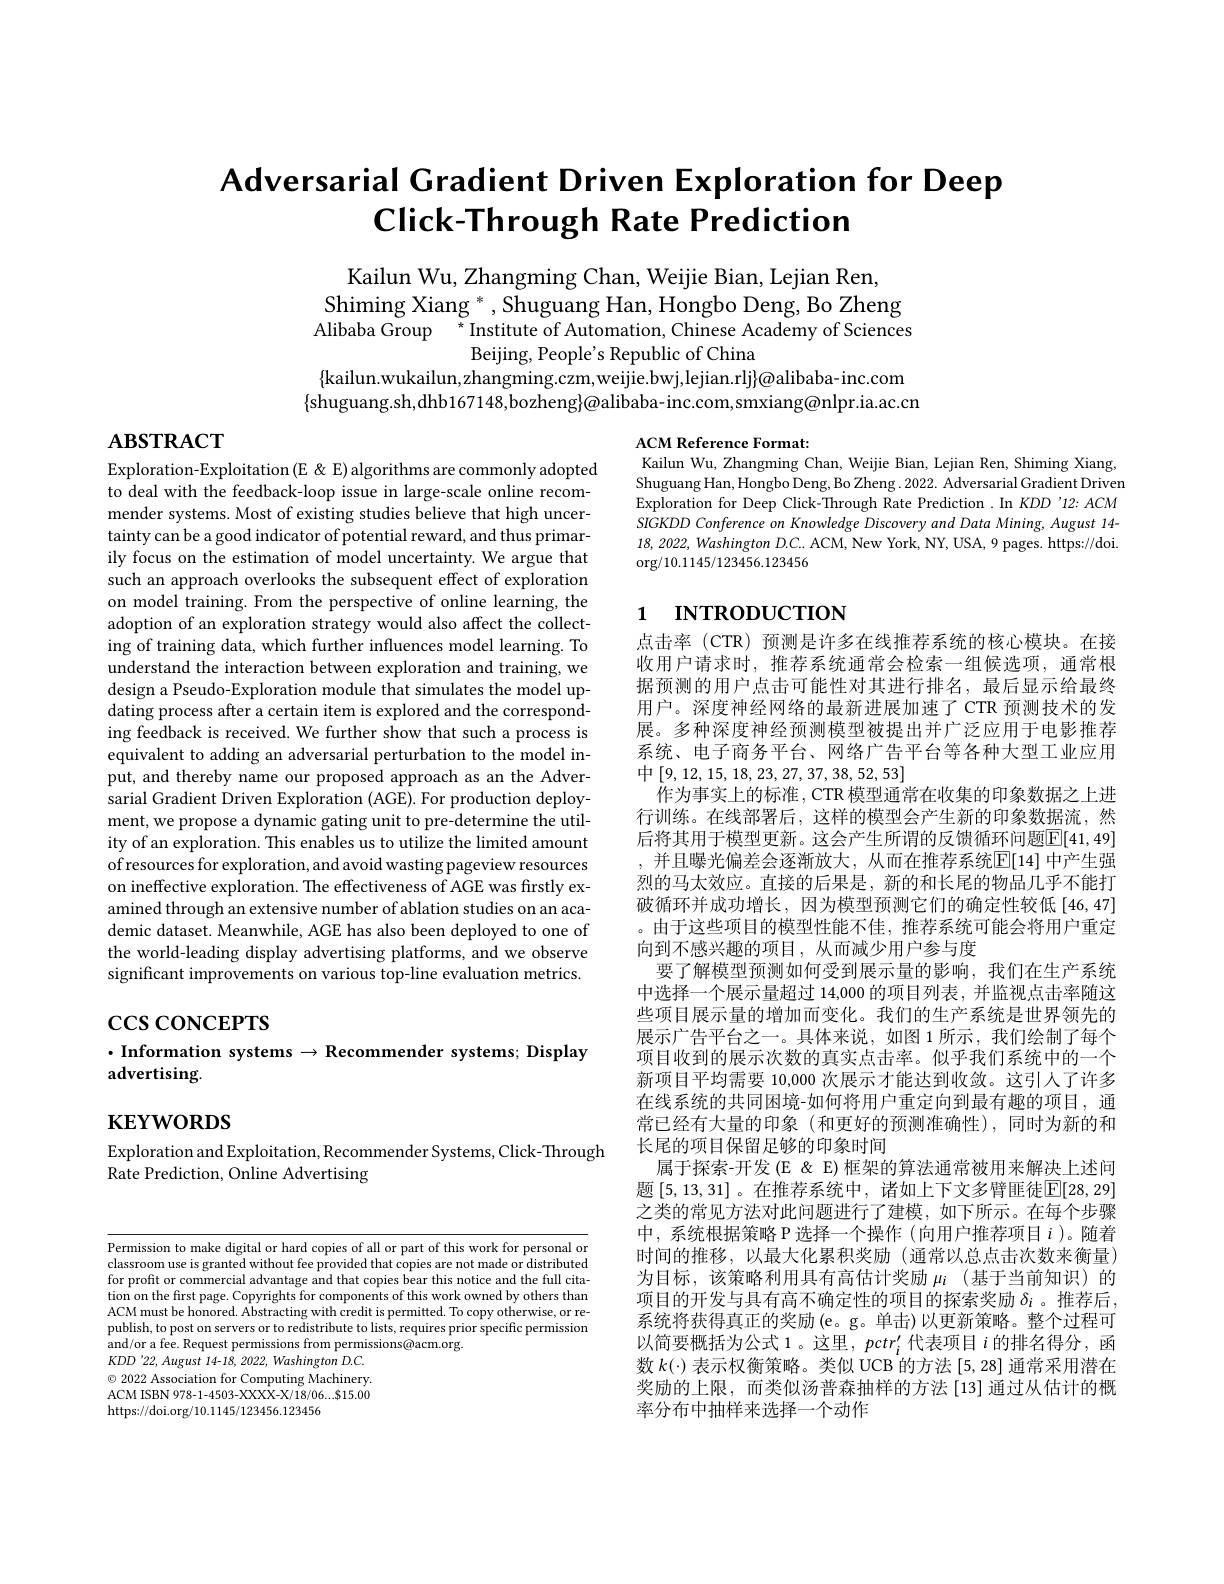
# Adversarial Gradient Driven Exploration for Deep Click-Through Rate Prediction

Kailun Wu, Zhangming Chan, Weijie Bian, Lejian Ren,
Shiming Xiang * , Shuguang Han, Hongbo Deng, Bo Zheng Alibaba Group ${}^*$Institute of Automation, Chinese Academy of Sciences
Beijing, People's Republic of China
$\{$kailun.wukailun,zhangming.czm,weijie.bwj,lejian.rlj}@{}alibaba-inc.com

$\{$shuguang.sh,dhb167148,bozheng$\}@$alibaba-inc.com,smxiang@nlpr.ia.ac.cn

# $\mathbf{ABSTRACT}$

ACM Reference Format:
Kailun Wu, Zhangming Chan, Weijie Bian, Lejian Ren, Shiming Xiang, Shuguang Han, Hongbo Deng, Bo Zheng. 2022. Adversarial Gradient Driven Exploration for Deep Click-Through Rate Prediction .In KDD '12: ACM SIGKDD Conference on Knowledge Discovery and Data Mining, August 14- $18,2022,WashingtonD.C...$ACM, New York, NY, USA, 9 pages. https://doi $\operatorname{org/10.1145/123456.123456}$

# 1 INTRODUCTION

Exploration-Exploitation (E & E) algorithms are commonly adopted to deal with the feedback-loop issue in large-scale online recommender systems. Most of existing studies believe that high uncertainty can be a good indicator of potential reward, and thus primarily focus on the estimation of model uncertainty. We argue that such an approach overlooks the subsequent effect of exploration on model training. From the perspective of online learning, the adoption of an exploration strategy would also affect the collecting of training data, which further influences model learning. To understand the interaction between exploration and training, we design a Pseudo-Exploration module that simulates the model updating process after a certain item is explored and the corresponding feedback is received. We further show that such a process is equivalent to adding an adversarial perturbation to the model input, and thereby name our proposed approach as an the Adversarial Gradient Driven Exploration (AGE). For production deployment, we propose a dynamic gating unit to pre-determine the utility of an exploration. This enables us to utilize the limited amount of resources for exploration, and avoid wasting pageview resources on ineffective exploration. The effectiveness of AGE was firstly examined through an extensive number of ablation studies on academic dataset. Meanwhile, AGE has also been deployed to one of the world-leading display advertising platforms, and we observe significant improvements on various top-line evaluation metrics.

$\csc\csc$coNCEPTS

点击率 (CTR) 预测是许多在线推荐系统的核心模块。在接收用户请求时，推荐系统通常会检索一组候选项，通常根据预测的用户点击可能性对其进行排名，最后显示给最终用户。深度神经网络的最新进展加速了 CTR 预测技术的发展。多种深度神经预测模型被提出并广泛应用于电影推荐系统、电子商务平台、网络广告平台等各种大型工业应用中[9,12,15,18,23,27,37,38,52,53]
作为事实上的标准，CTR 模型通常在收集的印象数据之上进行训练。在线部署后，这样的模型会产生新的印象数据流，然后将其用于模型更新。这会产生所谓的反馈循环问题$\boxed{\mathbb{E}}[41,49]$ , 并且曝光偏差会逐渐放大，从而在推荐系统$\mathbb{E}[14]$ 中产生强烈的马太效应。直接的后果是，新的和长尾的物品几乎不能打破循环并成功增长，因为模型预测它们的确定性较低[46,47] 。由于这些项目的模型性能不佳，推荐系统可能会将用户重定向到不感兴趣的项目，从而减少用户参与度
要了解模型预测如何受到展示量的影响，我们在生产系统中选择一个展示量超过 14,000 的项目列表，并监视点击率随这些项目展示量的增加而变化。我们的生产系统是世界领先的展示广告平台之一。具体来说，如图 1 所示，我们绘制了每个项目收到的展示次数的真实点击率。似乎我们系统中的一个新项目平均需要 10,000 次展示才能达到收敛。这引人了许多在线系统的共同困境-如何将用户重定向到最有趣的项目，通常已经有大量的印象(和更好的预测准确性),同时为新的和长尾的项目保留足够的印象时间
属于探索-开发(E&E)框架的算法通常被用来解决上述问题 [5,13,31] 。在推荐系统中，诸如上下文多臂匪徒$\mathbb{E}[28,29]$ 之类的常见方法对此问题进行了建模，如下所示。在每个步骤中，系统根据策略 P 选择一个操作 (向用户推荐项目$i$ )。随着时间的推移，以最大化累积奖励(通常以总点击次数来衡量) 为目标，该策略利用具有高估计奖励$\mu_i$ (基于当前知识)的项目的开发与具有高不确定性的项目的探索奖励$\delta_i$ 。推荐后， 系统将获得真正的奖励(e。g。单击)以更新策略。整个过程可以简要概括为公式 1 。这里 , $pctr_i^{\prime}$代表项目$i$的排名得分，函数$k(\cdot)$表示权衡策略。类似 UCB 的方法 [5,28] 通常采用潜在奖励的上限，而类似汤普森抽样的方法[13]通过从估计的概率分布中抽样来选择一个动作

$\cdot$ Information systems $\to$ Recommender systems; Display
# advertising.

$\mathbf{KEYWORDS}$

Exploration and Exploitation, Recommender Systems, Click-Through
Rate Prediction, Online Advertising

Permission to make digital or hard copies of all or part of this work for personal or classroom use is granted without fee provided that copies are not made or distributed for profit or commercial advantage and that copies bear this notice and the full citation on the first page. Copyrights for components of this work owned by others than ACM must be honored. Abstracting with credit is permitted. To copy otherwise, or republish, to post on servers or to redistribute to lists, requires prior specific permission and/or a fee. Request permissions from permissions@acm.org.
$KDD$ '22, August 14-18, 2022, Washington D.C. $\textcircled{\circ}$ 2022 Association for Computing Machinery ACM ISBN 978-1-4503-XXXX-X/18/06...$15.00 https://doi.org/10.1145/123456.123456